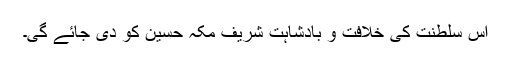
اس سلطنت کی خلافت و بادشاہت شریف مکہ حسین کو دی جائے گی۔